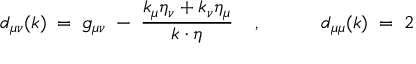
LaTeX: d _ { \mu \nu } ( k ) \; = \; g _ { \mu \nu } \; - \; \frac { k _ { \mu } \eta _ { \nu } + k _ { \nu } \eta _ { \mu } } { k \cdot \eta } \; \; \; \; , \; \; \; \; \; \; \; \; \; \; \; d _ { \mu \mu } ( k ) \; = \; 2